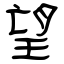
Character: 望